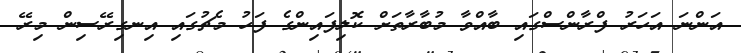
އަންނަ އަހަރު ފްރާންސްގައި ބާއްވާ މުބާރާތަށް ކޮލިފައިންގެ ފަހު މެޗުގައި އިނގިރޭސިން މިރޭ